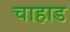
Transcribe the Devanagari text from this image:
चाहाड